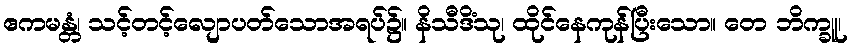
ဧကမန္တံ၊ သင့်တင့်လျောပတ်သောအရပ်၌။ နိသီဒိံသု၊ ထိုင်နေကုန်ပြီးသော။ တေ ဘိက္ခူ၊